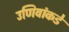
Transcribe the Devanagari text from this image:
उणिवांकडे